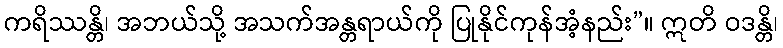
ကရိဿန္တိ၊ အဘယ်သို့ အသက်အန္တရာယ်ကို ပြုနိုင်ကုန်အံ့နည်း”။ ဣတိ ဝဒန္တိ၊